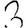
Digit: 3